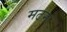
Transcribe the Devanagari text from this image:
मठम्